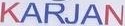
KARJAN